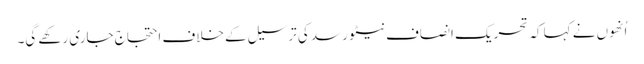
اُنھوں نے کہا کہ تحریک انصاف نیٹو رسد کی ترسیل کے خلاف احتجاج جاری رکھے گی۔